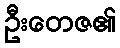
ဦးတေဇ၏